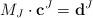
LaTeX: \begin{align*}M_J\cdot \mathbf{c}^J=\mathbf{d}^J \end{align*}